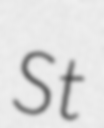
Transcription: St